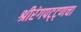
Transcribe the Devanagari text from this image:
श्रीरंगपट्ट्णचा